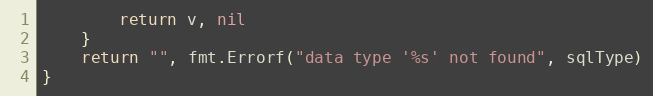
Language: Go
		return v, nil
	}
	return "", fmt.Errorf("data type '%s' not found", sqlType)
}